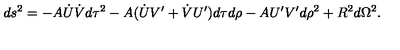
d s ^ { 2 } = - A \dot { U } \dot { V } d \tau ^ { 2 } - A ( \dot { U } V ^ { \prime } + \dot { V } U ^ { \prime } ) d \tau d \rho - A U ^ { \prime } V ^ { \prime } d \rho ^ { 2 } + R ^ { 2 } d \Omega ^ { 2 } .